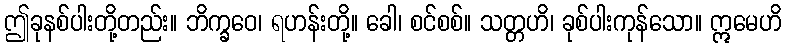
ဤခုနစ်ပါးတို့တည်း။ ဘိက္ခဝေ၊ ရဟန်းတို့။ ခေါ၊ စင်စစ်။ သတ္တဟိ၊ ခုစ်ပါးကုန်သော။ ဣမေဟိ